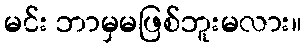
မင်း ဘာမှမဖြစ်ဘူးမလား။